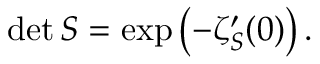
\operatorname* { d e t } S = \exp \left( - \zeta _ { S } ^ { \prime } ( 0 ) \right) .